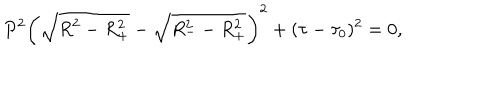
LaTeX: P ^ { 2 } \bigg ( \sqrt { R ^ { 2 } - R _ { + } ^ { 2 } } - \sqrt { R _ { -- } ^ { 2 } R _ { + } ^ { 2 } } \bigg ) ^ { 2 } + ( \tau - \tau _ { 0 } ) ^ { 2 } = 0 ,